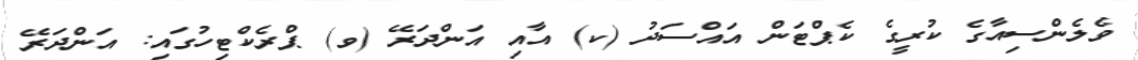
ވެލެންސިއާގެ ކުރީގެ ކެޕްޓަން އައްސަދު (ކ) އާއި އަންދަރޭ (ވ) ޕްރެކްޓިހުގައި: އަންދަރޭ